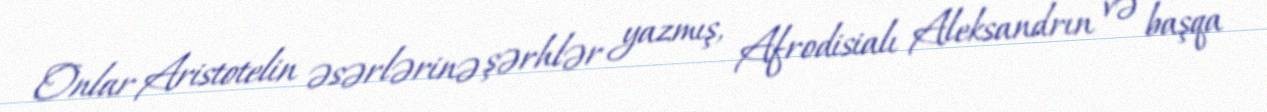
Onlar Aristotelin əsərlərinə şərhlər yazmış, Afrodisialı Aleksandrın və başqa